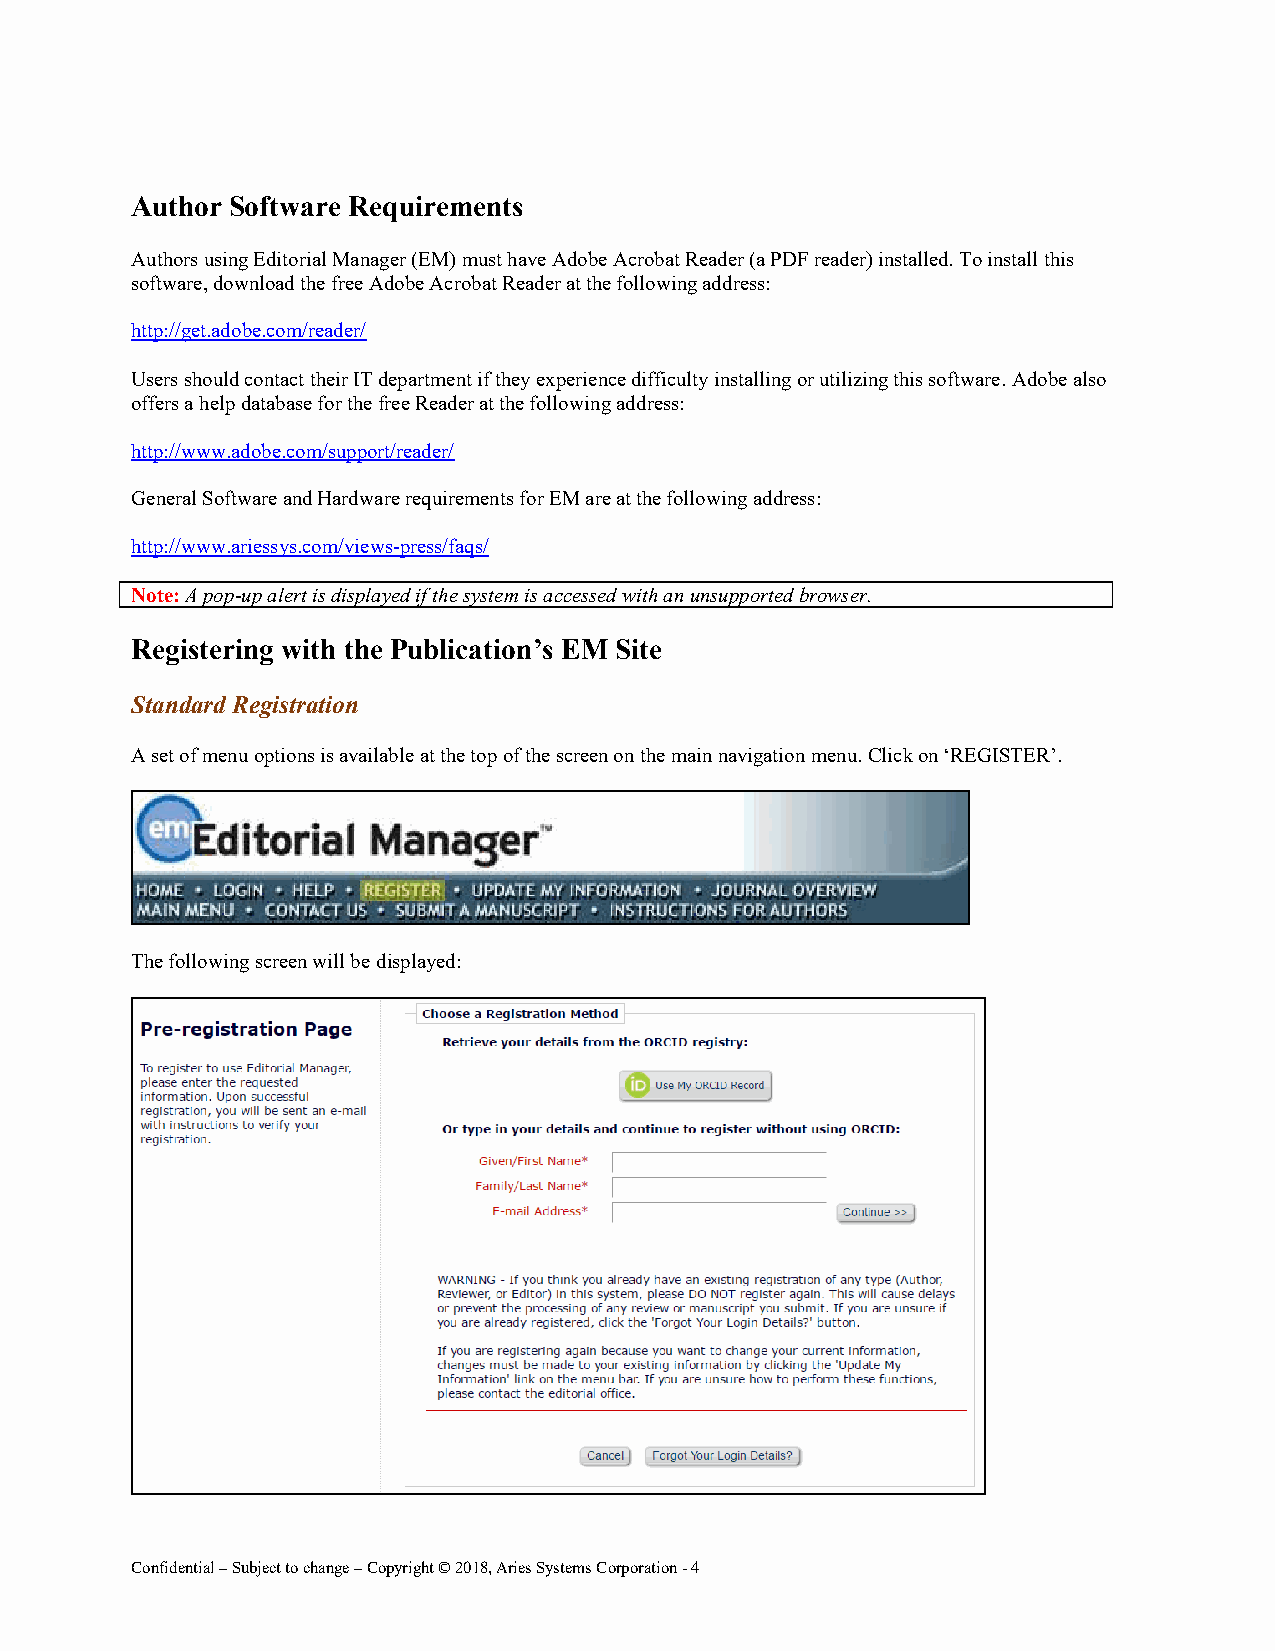
Author Software Requirements
 Authors using Editorial Manager (EM) must have Adobe Acrobat Reader (a PDF reader) installed. To install this
 software, download the free Adobe Acrobat Reader at the following address:
 http://get.adobe.com/reader/
 Users should contact their IT department if they experience difficulty installing or utilizing this software. Adobe also
 offers a help database for the free Reader at the following address:
 http://www.adobe.com/support/reader/
 General Software and Hardware requirements for EM are at the following address:
 http://www.ariessys.com/views-press/faqs/
 Note: A pop-up alert is displayed if the system is accessed with an unsupported browser.
 Registering with the Publication’s EM Site
 Standard Registration
 A set of menu options is available at the top of the screen on the main navigation menu. Click on ‘REGISTER’.
 The following screen will be displayed:
 Confidential – Subject to change – Copyright © 2018, Aries Systems Corporation - 4